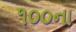
૧૦૦ના